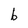
Character: b